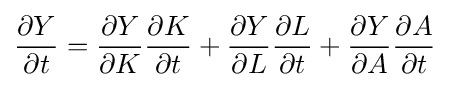
{\frac {\partial Y}{\partial t}}={\frac {\partial Y}{\partial K}}{\frac {\partial K}{\partial t}}+{\frac {\partial Y}{\partial L}}{\frac {\partial L}{\partial t}}+{\frac {\partial Y}{\partial A}}{\frac {\partial A}{\partial t}}